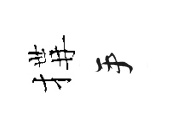
搆手